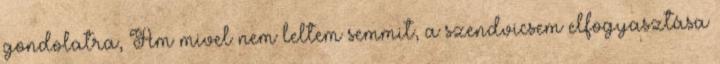
gondolatra, Ám mivel nem leltem semmit, a szendvicsem elfogyasztása